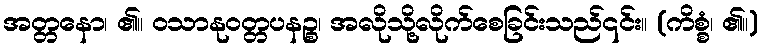
အတ္တနော၊ ၏။ ဝသာနုဝတ္တပနဉ္စ၊ အလိုသို့လိုက်စေခြင်းသည်၎င်း။ (ကိစ္စံ၊ ၏။)